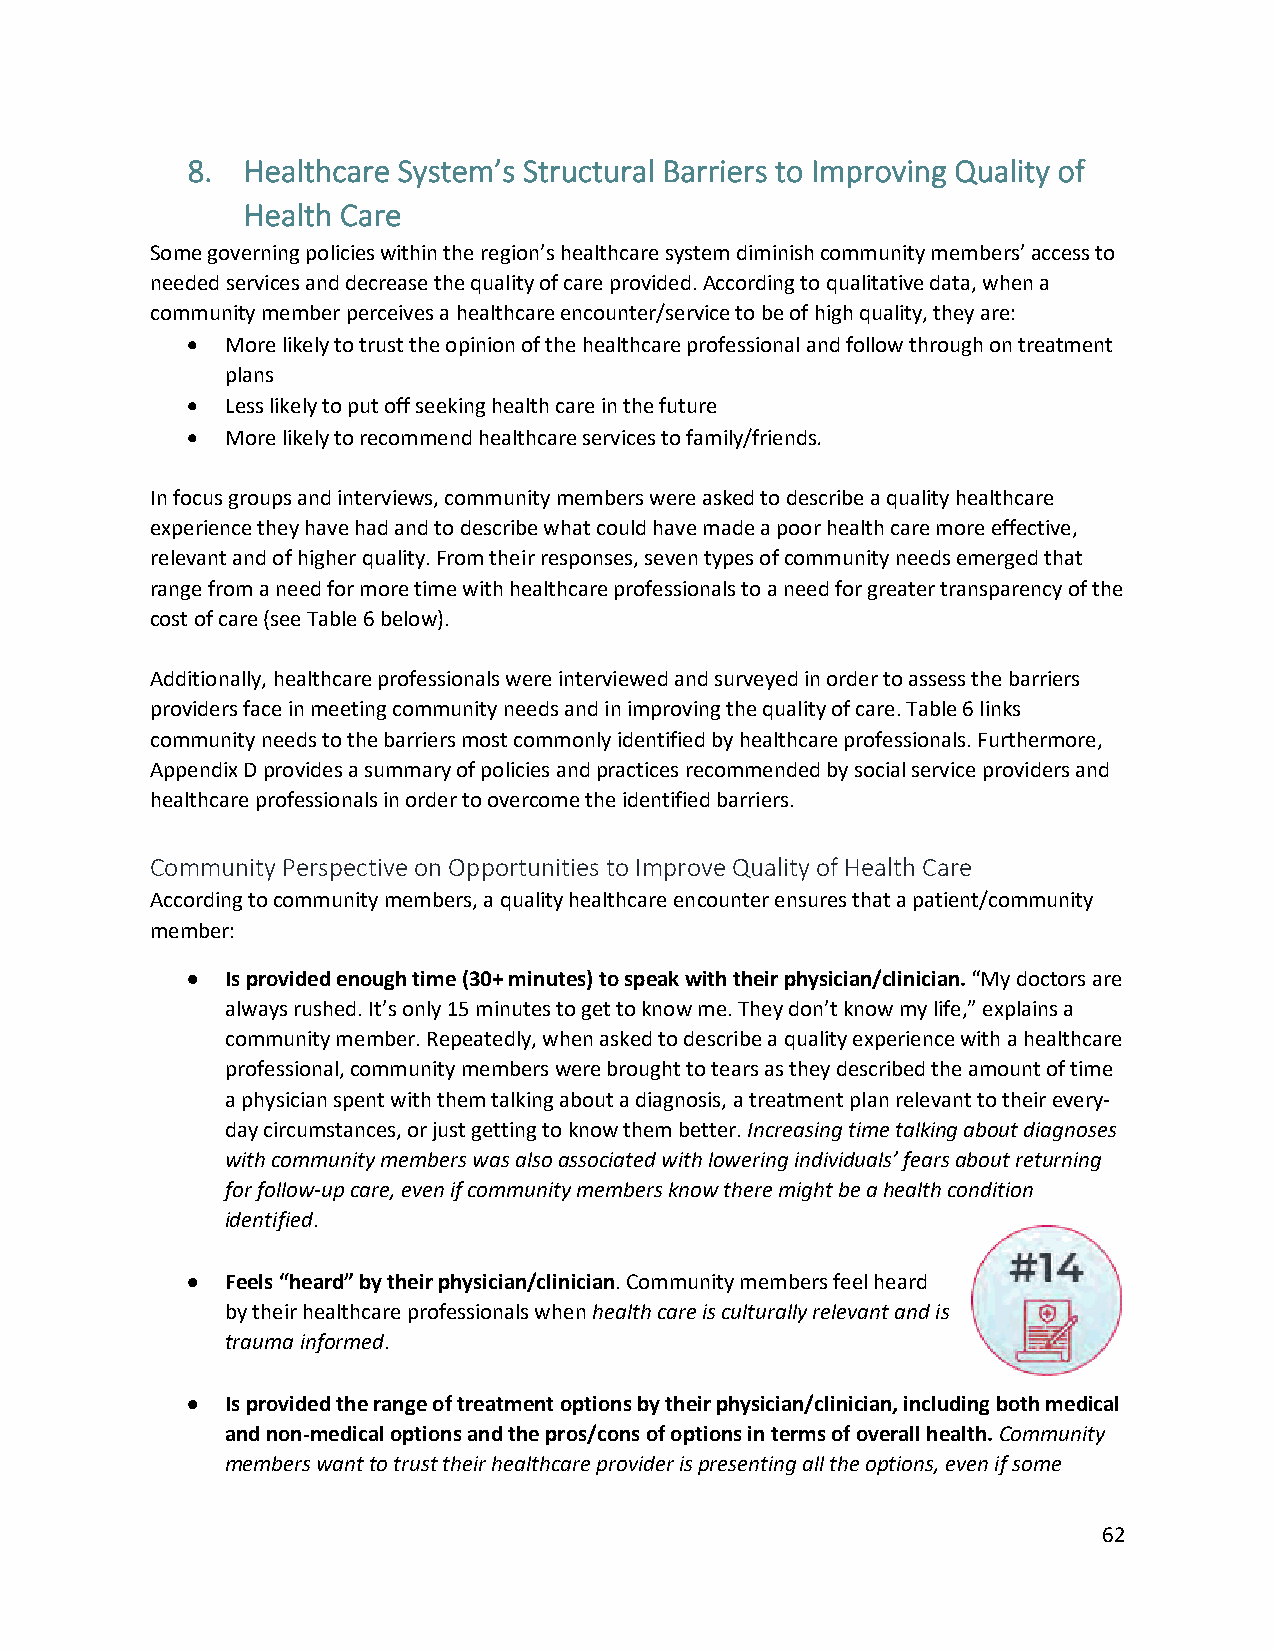
8.  Healthcare System’s Structural Barriers to Improving Quality of
 Health Care
 Some governing policies within the region’s healthcare system diminish community members’ access to
 needed services and decrease the quality of care provided. According to qualitative data, when a
 community member perceives a healthcare encounter/service to be of high quality, they are:
 •  More likely to trust the opinion of the healthcare professional and follow through on treatment
 plans
 •  Less likely to put off seeking health care in the future
 •  More likely to recommend healthcare services to family/friends.
 In focus groups and interviews, community members were asked to describe a quality healthcare
 experience they have had and to describe what could have made a poor health care more effective,
 relevant and of higher quality. From their responses, seven types of community needs emerged that
 range from a need for more time with healthcare professionals to a need for greater transparency of the
 cost of care (see Table 6 below).
 Additionally, healthcare professionals were interviewed and surveyed in order to assess the barriers
 providers face in meeting community needs and in improving the quality of care. Table 6 links
 community needs to the barriers most commonly identified by healthcare professionals. Furthermore,
 Appendix D provides a summary of policies and practices recommended by social service providers and
 healthcare professionals in order to overcome the identified barriers.
 Community Perspective on Opportunities to Improve Quality of Health Care
 According to community members, a quality healthcare encounter ensures that a patient/community
 member:
 •  Is provided enough time (30+ minutes) to speak with their physician/clinician. “My doctors are
 always rushed. It’s only 15 minutes to get to know me. They don’t know my life,” explains a
 community member. Repeatedly, when asked to describe a quality experience with a healthcare
 professional, community members were brought to tears as they described the amount of time
 a physician spent with them talking about a diagnosis, a treatment plan relevant to their every-
 day circumstances, or just getting to know them better. Increasing time talking about diagnoses
 with community members was also associated with lowering individuals’ fears about returning
 for follow-up care, even if community members know there might be a health condition
 identified.
 •  Feels “heard” by their physician/clinician. Community members feel heard
 by their healthcare professionals when health care is culturally relevant and is
 trauma informed.
 •  Is provided the range of treatment options by their physician/clinician, including both medical
 and non-medical options and the pros/cons of options in terms of overall health. Community
 members want to trust their healthcare provider is presenting all the options, even if some
 62